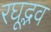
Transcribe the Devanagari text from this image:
रघूद्भव